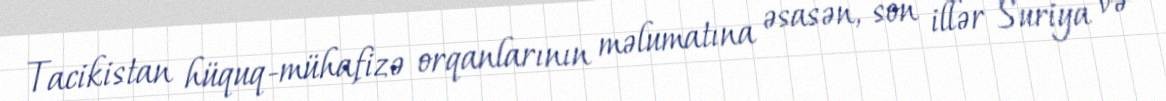
Tacikistan hüquq-mühafizə orqanlarının məlumatına əsasən, son illər Suriya və